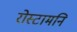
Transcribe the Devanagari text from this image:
रोस्टामनि